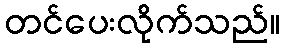
တင်ပေးလိုက်သည်။